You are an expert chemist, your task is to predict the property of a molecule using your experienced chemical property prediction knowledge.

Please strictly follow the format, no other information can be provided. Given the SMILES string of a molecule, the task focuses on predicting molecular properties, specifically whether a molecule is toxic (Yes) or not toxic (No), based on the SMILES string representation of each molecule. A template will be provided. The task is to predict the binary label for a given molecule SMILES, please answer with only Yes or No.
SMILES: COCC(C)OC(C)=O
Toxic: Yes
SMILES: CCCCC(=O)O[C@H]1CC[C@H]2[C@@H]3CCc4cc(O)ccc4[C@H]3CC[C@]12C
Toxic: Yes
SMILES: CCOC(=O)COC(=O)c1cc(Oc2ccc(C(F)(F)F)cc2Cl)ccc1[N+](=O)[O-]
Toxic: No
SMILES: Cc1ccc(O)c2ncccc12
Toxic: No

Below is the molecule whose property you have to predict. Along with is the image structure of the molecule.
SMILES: CN(C)c1ccccc1
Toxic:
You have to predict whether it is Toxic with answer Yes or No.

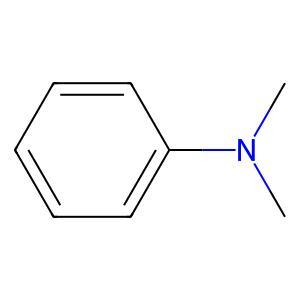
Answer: No